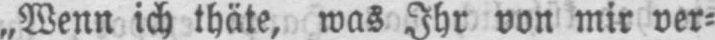
„Wenn ich thäte, was Ihr von mir ver⸗